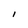
Character: l